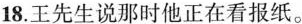
18.王先生说那时他正在看报纸。